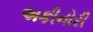
અકીનોરી